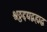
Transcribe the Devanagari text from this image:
श्वठ्ठद्दद्यद्बह्यद्ध